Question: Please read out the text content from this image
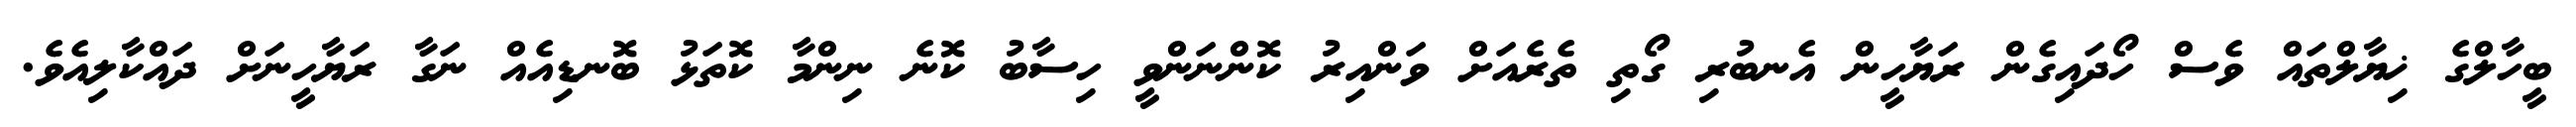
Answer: ބީހާލްގެ ޚިޔާލްތައް ވެސް ހޯދައިގެން ރަޔާހީން އެނބުރި ގޯތި ތެރެއަށް ވަންއިރު ކޮންނަންވީ ހިސާބު ކޮނެ ނިންމާ ކޮތަޅު ބޮނޑިއެއް ނަގާ ރަޔާހީނަށް ދައްކާލިއެވެ.